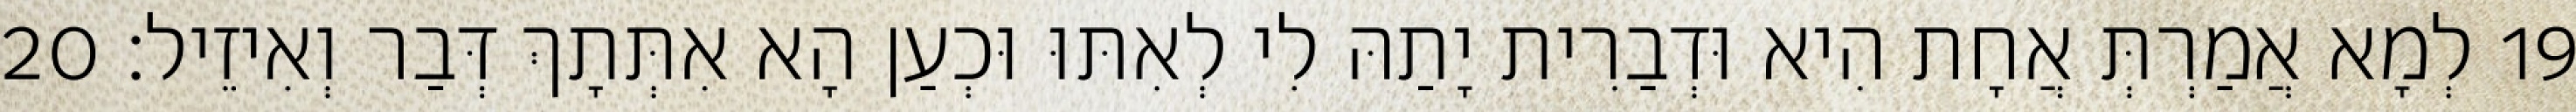
19 לְמָא אֲמַרְתְּ אֲחָת הִיא וּדְבַרִית יָתַהּ לִי לְאִתּוּ וּכְעַן הָא אִתְּתָךְ דְּבַר וְאִיזֵיל׃ 20